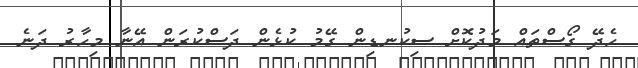
ހެދޭ ގޯސްތައް މަދުކޮށް ސިކުނޑިން ގޭމު ކުޅެން ދަސްކުރަން އޭނާ މިހާރު ދަނެ